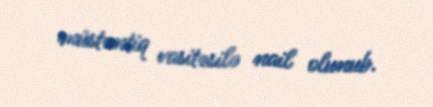
müstəntiq vasitəsilə nail olunub.